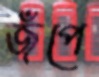
জঁপে